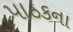
પાઠકના